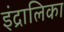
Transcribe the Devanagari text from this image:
इंद्रालिका